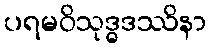
ပရမဝိသုဒ္ဓဒဿိနာ